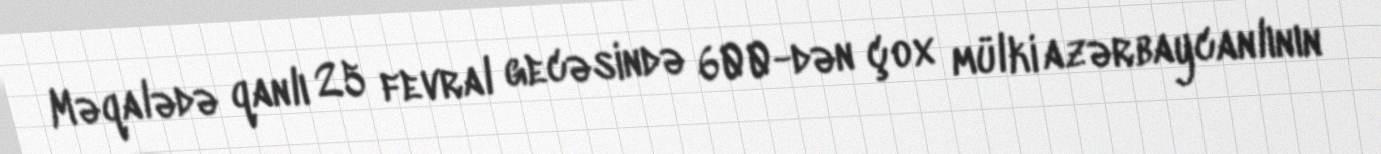
Məqalədə qanlı 25 fevral gecəsində 600-dən çox mülki azərbaycanlının